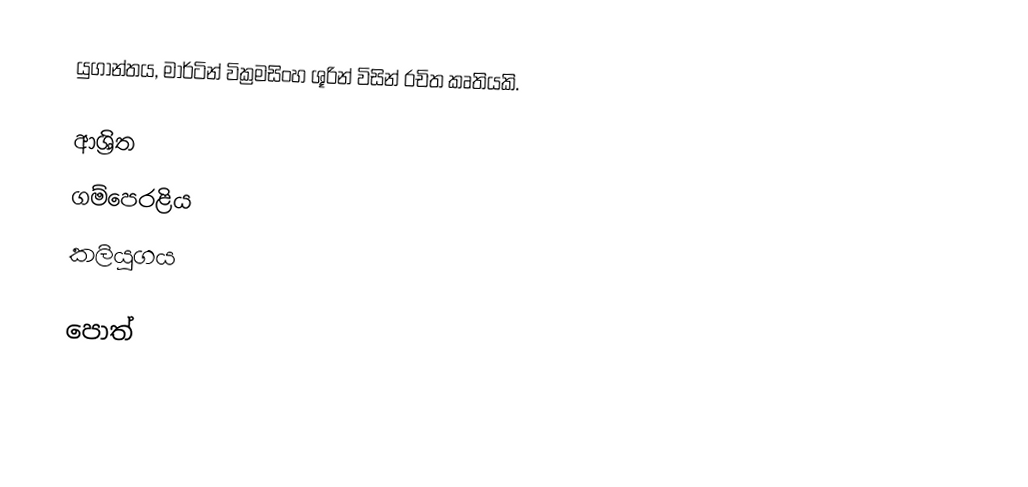
යුගාන්තය, මාර්ටින් වික්‍රමසිංහ ශූරින් විසින් රචිත කෘතියකි.

ආශ්‍රිත
 ගම්පෙරළිය
 කලියුගය

පොත්